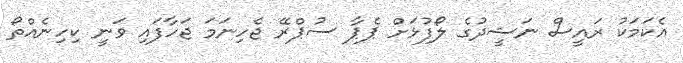
އެކަމަކު ރައީސް ނަޝީދުގެ ލޯފުޅަށް ޕެޕާ ސުޕްރޭ ޖެހިނަމަ ޖަހާފައި ވަނީ ކިހިނެއްތޯ